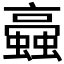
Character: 𧓂